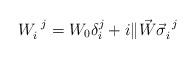
LaTeX: \begin{align*} W^{~j}_i = W_0 \delta^j_i + i \| \vec W \vec \sigma^{~j}_i\end{align*}